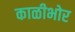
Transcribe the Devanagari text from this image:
काळीभोर